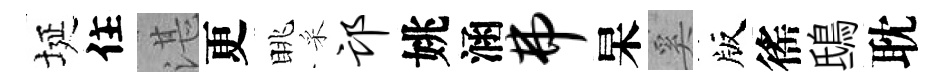
埏住湛更眺采邙姚涵弗杲奚版徭鴟耽